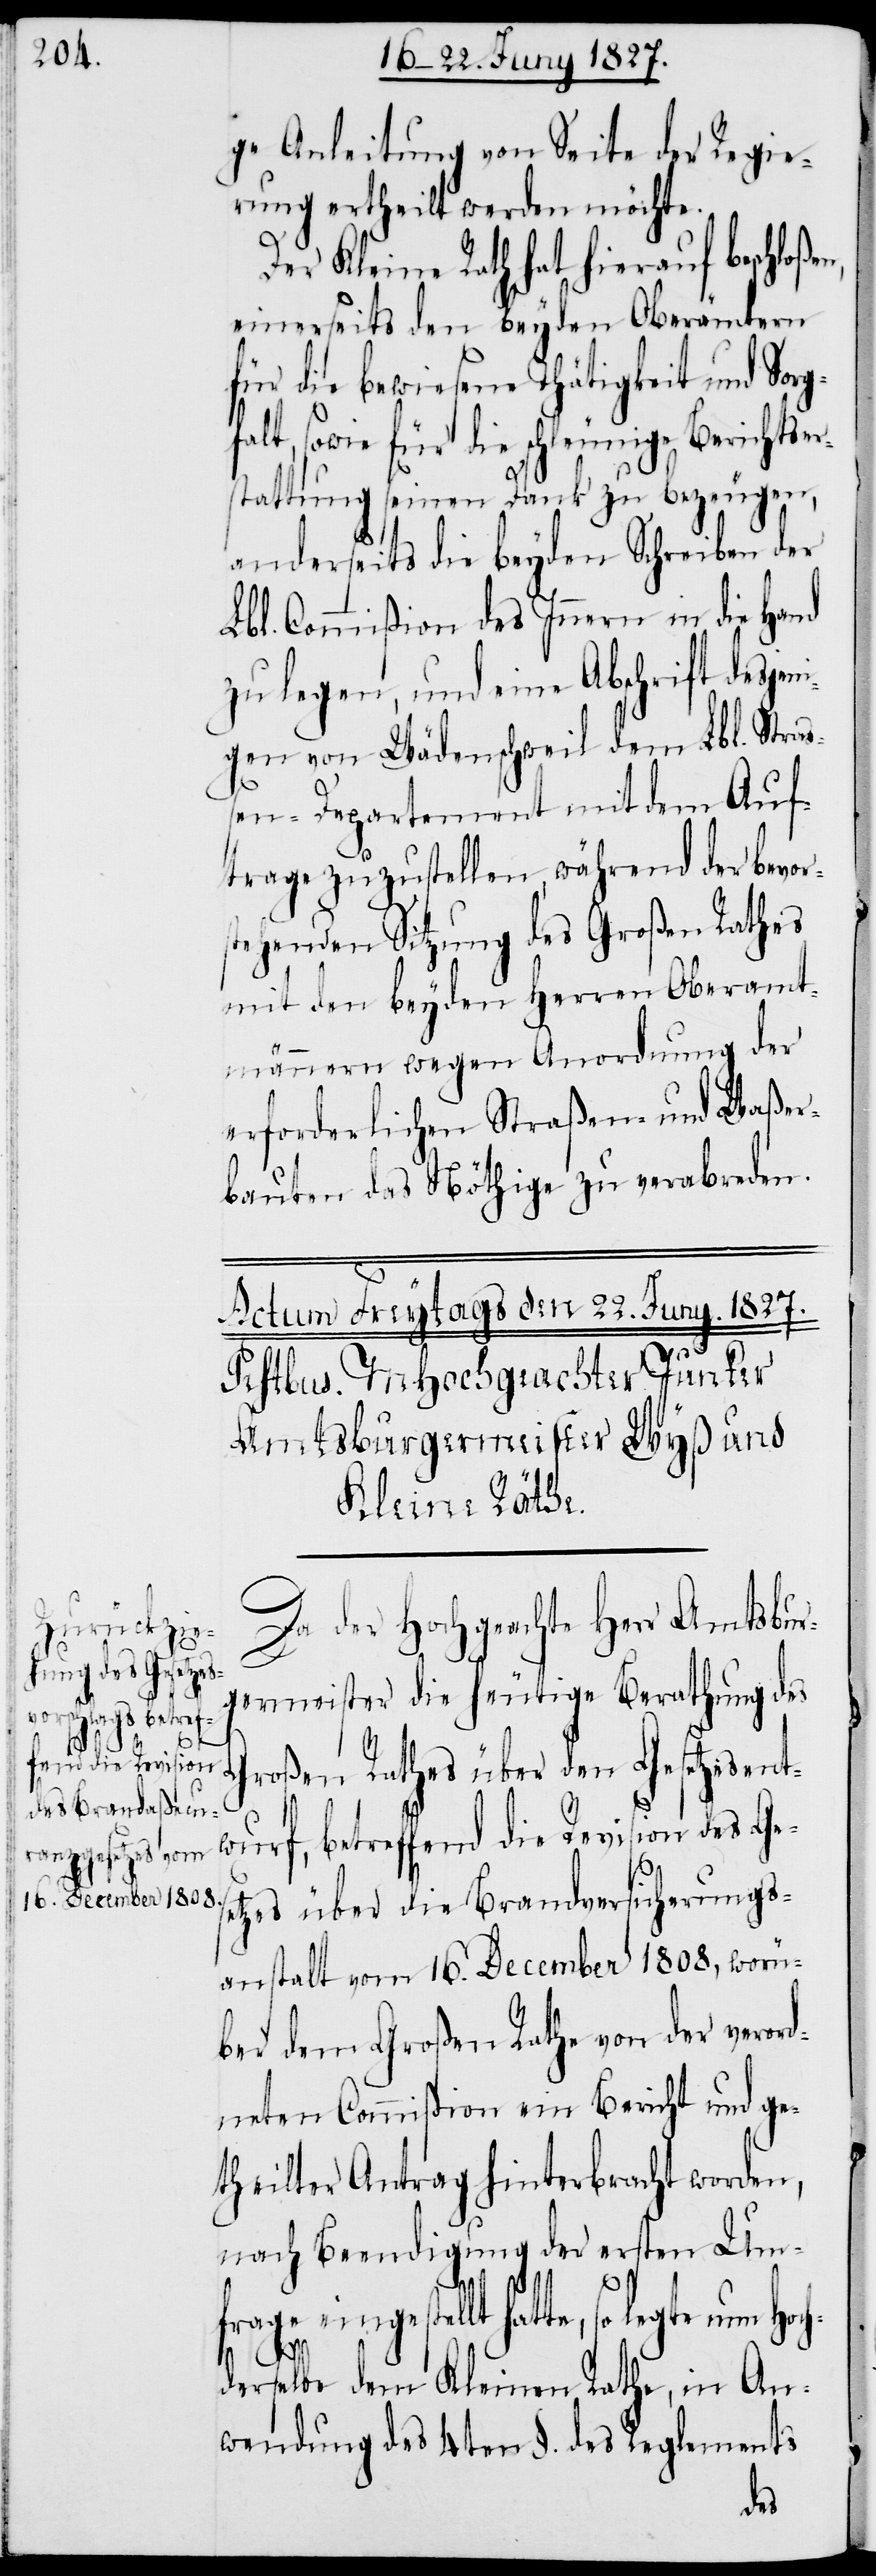
ge Anleitung von Seite der Regie¬
rung ertheilt werden möchte.
Der Kleine Rath hat hierauf beschloße¬
einerseits den beyen Oberämtern
für die bewiesene Thätigkeit und Sorg¬
falt, sowie für die schleunige Berichtser¬
stattung seinen Dank zu bezeugen,
anderseits die beyden Schreiben der
Lbl. Commißion des Innern in die Hand
zu legen, und eine Abschrift desjen¬
igen von Wädenschweil dem Lbl. Straß¬
en-Departement mit dem Auf¬
trage zuzustellen, während der bevor¬
stehenden Sitzung des Großen Rathes
mit den beyden Herren Oberamt¬
männern wegen Anordnung der
erforderlichen Straßen- und Waßer¬
bauten das Nöthige zu verabreden.
Hoch¬
Da der Hochgeachte Herr Amtsbür¬
germeister die heutige Berathung des
roßen Rathes über den Geset¬
zesentwurf, betreffend die Revision des Gese¬
tzes über die Brandversicherungs¬
anstalt vom 16. December 1808, worü¬
ber dem Großen Rathe von der verord¬
neten Commißion ein Bericht und ge¬
theilter Antrag hinterbracht worden,
nach Beendigung der ersten Um¬
frage eingestellt hatte, so legt
derselbe dem Kleinen Rathe, in An¬
wendung des 4ten §. des Reglements